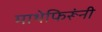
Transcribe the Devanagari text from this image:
माथेफिरूंनी